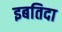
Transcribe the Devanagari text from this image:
इबतिदा